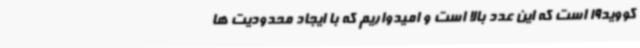
کووید19 است که این عدد بالا است و امیدواریم که با ایجاد محدودیت ها